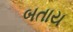
બતાય